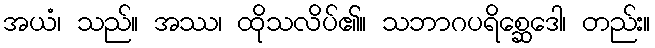
အယံ၊ သည်။ အဿ၊ ထိုသလိပ်၏။ သဘာဂပရိစ္ဆေဒေါ၊ တည်း။